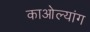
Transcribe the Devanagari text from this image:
काओल्यांग